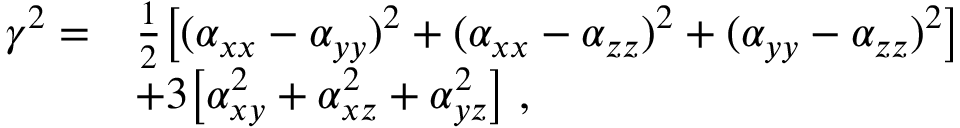
\begin{array} { r l } { \gamma ^ { 2 } = } & { \frac { 1 } { 2 } \big [ ( \alpha _ { x x } - \alpha _ { y y } ) ^ { 2 } + ( \alpha _ { x x } - \alpha _ { z z } ) ^ { 2 } + ( \alpha _ { y y } - \alpha _ { z z } ) ^ { 2 } \big ] } \\ & { + 3 \big [ \alpha _ { x y } ^ { 2 } + \alpha _ { x z } ^ { 2 } + \alpha _ { y z } ^ { 2 } \big ] \; , } \end{array}